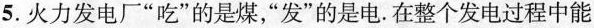
5. 火力发电厂“吃”的是煤，“发”的是电. 在整个发电过程中能